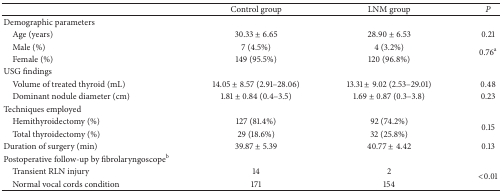
<table><thead><tr><td><b> </b></td><td><b>Control group</b></td><td><b>LNM group</b></td><td><b><i>P</i></b></td></tr></thead><tbody><tr><td>Demographic parameters</td><td> </td><td> </td><td> </td></tr><tr><td> Age (years)</td><td>30.33 ± 6.65</td><td>28.90 ± 6.53</td><td>0.21</td></tr><tr><td> Male (%)</td><td>7 (4.5%)</td><td>4 (3.2%)</td><td rowspan="2">0.76<sup>a</sup></td></tr><tr><td> Female (%)</td><td>149 (95.5%)</td><td>120 (96.8%)</td></tr><tr><td>USG findings</td><td> </td><td> </td><td> </td></tr><tr><td> Volume of treated thyroid (mL)</td><td>14.05 ± 8.57 (2.91–28.06)</td><td>13.31 ± 9.02 (2.53–29.01)</td><td>0.48</td></tr><tr><td> Dominant nodule diameter (cm)</td><td>1.81 ± 0.84 (0.4–3.5)</td><td>1.69 ± 0.87 (0.3–3.8)</td><td>0.23</td></tr><tr><td>Techniques employed</td><td> </td><td> </td><td> </td></tr><tr><td> Hemithyroidectomy (%)</td><td>127 (81.4%)</td><td>92 (74.2%)</td><td rowspan="2">0.15</td></tr><tr><td> Total thyroidectomy (%)</td><td>29 (18.6%)</td><td>32 (25.8%)</td></tr><tr><td>Duration of surgery (min)</td><td>39.87 ± 5.39</td><td>40.77 ± 4.42</td><td>0.13</td></tr><tr><td>Postoperative follow-up by fibrolaryngoscope<sup>b</sup></td><td> </td><td> </td><td> </td></tr><tr><td> Transient RLN injury</td><td>14</td><td>2</td><td rowspan="2">&lt;0.01</td></tr><tr><td> Normal vocal cords condition</td><td>171</td><td>154</td></tr></tbody></table>